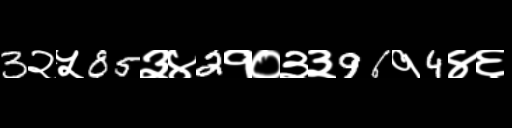
Text: 3२५85३४2१०३३96१4४६